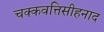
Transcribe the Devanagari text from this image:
चक्कवत्तिसीहनाद